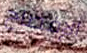
الإفصاح